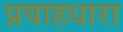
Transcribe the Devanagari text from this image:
प्रवाहधारा